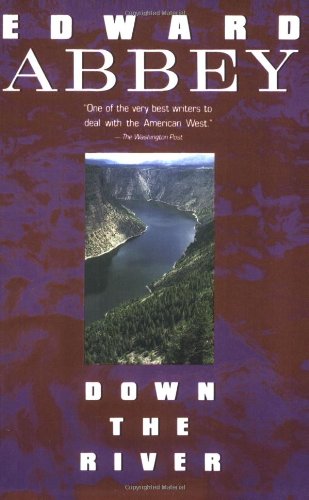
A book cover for Down the River (Plume); Edward Abbey; Engineering & Transportation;